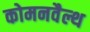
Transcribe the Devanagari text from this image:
कोमनवैल्थ